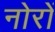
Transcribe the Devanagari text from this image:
नोरों